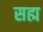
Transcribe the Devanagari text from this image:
सह्म